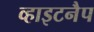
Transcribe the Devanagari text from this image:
व्हाइटनैप